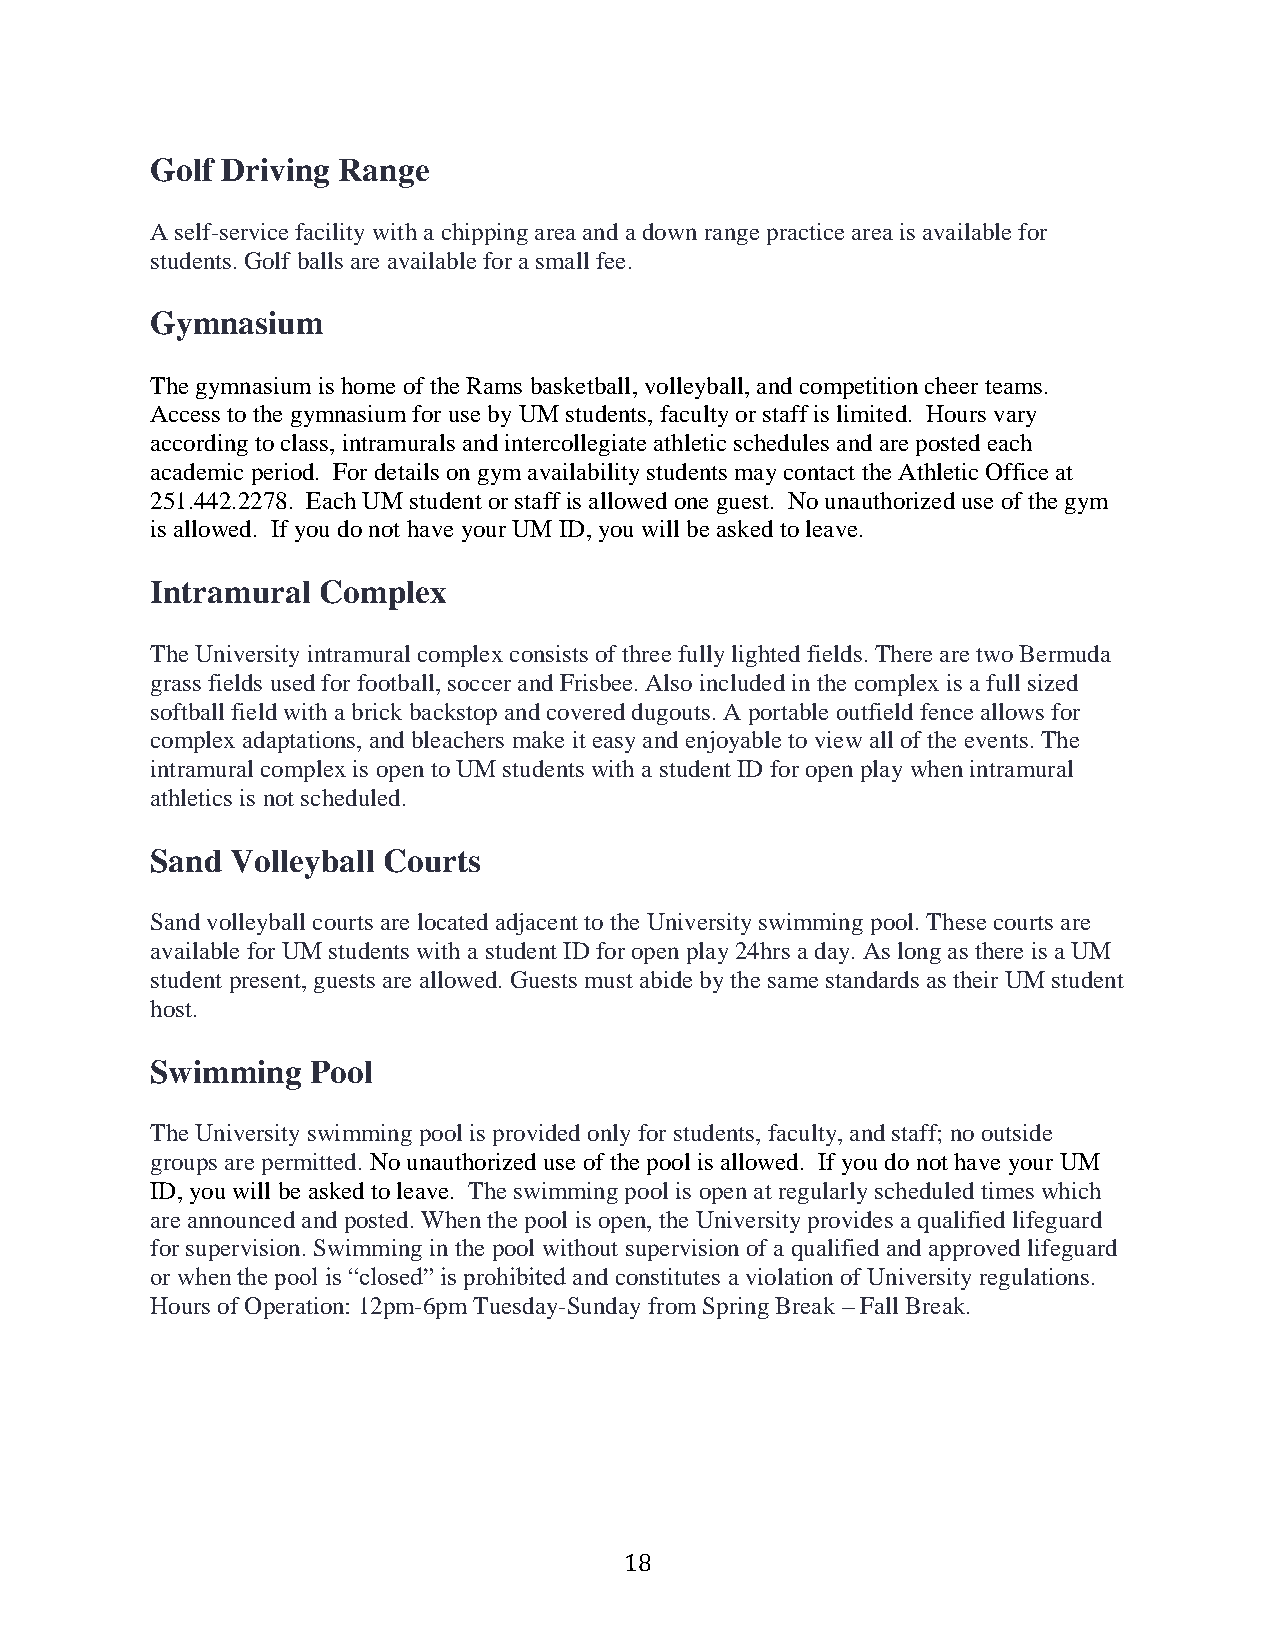
Golf Driving Range
 A self-service facility with a chipping area and a down range practice area is available for
 students. Golf balls are available for a small fee.
 Gymnasium
 The gymnasium is home of the Rams basketball, volleyball, and competition cheer teams.
 Access to the gymnasium for use by UM students, faculty or staff is limited. Hours vary
 according to class, intramurals and intercollegiate athletic schedules and are posted each
 academic period. For details on gym availability students may contact the Athletic Office at
 251.442.2278. Each UM student or staff is allowed one guest. No unauthorized use of the gym
 is allowed. If you do not have your UM ID, you will be asked to leave.
 Intramural Complex
 The University intramural complex consists of three fully lighted fields. There are two Bermuda
 grass fields used for football, soccer and Frisbee. Also included in the complex is a full sized
 softball field with a brick backstop and covered dugouts. A portable outfield fence allows for
 complex adaptations, and bleachers make it easy and enjoyable to view all of the events. The
 intramural complex is open to UM students with a student ID for open play when intramural
 athletics is not scheduled.
 Sand Volleyball Courts
 Sand volleyball courts are located adjacent to the University swimming pool. These courts are
 available for UM students with a student ID for open play 24hrs a day. As long as there is a UM
 student present, guests are allowed. Guests must abide by the same standards as their UM student
 host.
 Swimming   Pool
 The University swimming pool is provided only for students, faculty, and staff; no outside
 groups are permitted. No unauthorized use of the pool is allowed. If you do not have your UM
 ID, you will be asked to leave. The swimming pool is open at regularly scheduled times which
 are announced and posted. When the pool is open, the University provides a qualified lifeguard
 for supervision. Swimming in the pool without supervision of a qualified and approved lifeguard
 or when the pool is “closed” is prohibited and constitutes a violation of University regulations.
 Hours of Operation: 12pm-6pm Tuesday-Sunday from Spring Break – Fall Break.
 18